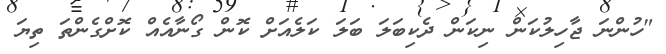
"ހުންނަ ޖާހިލުކަން ނިކަން ދެކިބަލަ ބަލަ ކަލެއަށް ކޮން ގޯނާއެއް ކޮށްގެންތަ ތިޔަ